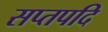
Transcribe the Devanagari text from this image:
सप्तपदि